Report of the Municipal Commissioner on the plague in Bombay for the year ending 31st May... - Volume 1
Disease focus: Plague
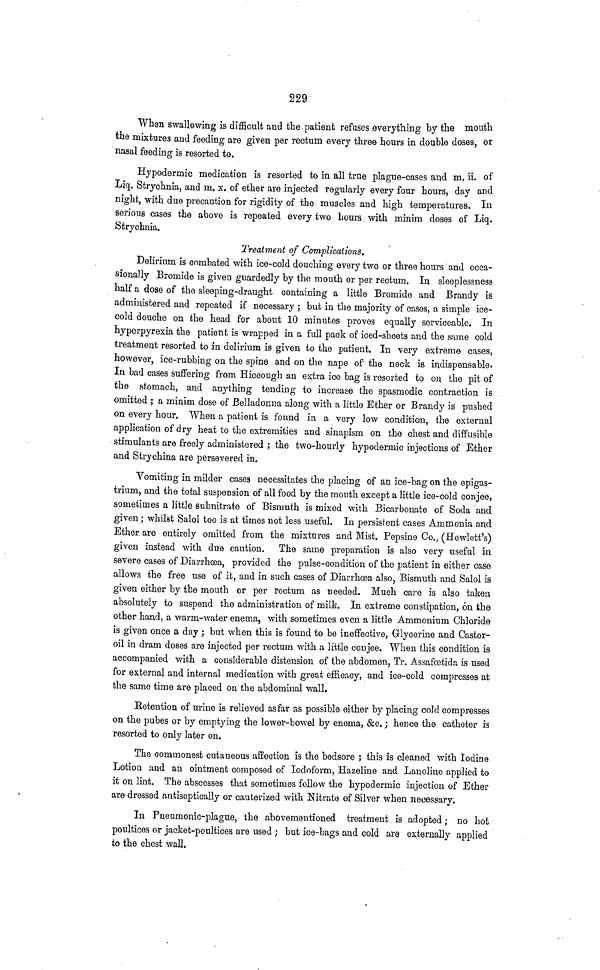
229
Whan swallowing is difficult and the patient refuses,everything by the mouth
the mixtures and feeding are given per rectum every three hours in double doses, or
nasal feeding is resorted to.
Hypodermic medication is resorted to in all true plague-cases and m. ii. of
Liq. Strychnia, and m. x. of ether are injected regularly every four hours, day and
night, with due precaution for rigidity of the muscles and high temperatures. In
serious cases the above is repeated every two hours with minim doses of Liq.
Strychnia.
Treatment of Complications.
Delirium is combated with ice-cold douching every two or three hours and occa-
sionally Bromide is given guardedly by the mouth or per rectum. In sleeplessness
half a dose of the sleeping-draught containing a little Bromide and Brandy is
administered and repeated if necessary; but in the majority of cases, a simple ice-
cold douche on the head for about 10 minutes proves equally serviceable. In
hyperpyrexia the patient is wrapped in a full pack of iced-sheets and the same cold
treatment resorted to in delirium is given to the patient. In very extreme cases,
however, ice-rubbing on the spine and on the nape of the neck is indispensable.
In bad cases suffering from Hiccough an extra ice bag is resorted to on the pit of
the stomach, and anything tending to increase the spasmodic contraction is
omitted; a minim dose of Belladonna along with a little Ether or Brandy is pushed
on every hour. When a patient is found in a very low condition, the external
application of dry heat to the extremities and sinapism on the chest and diffusible
stimulants are freely administered; the two-hourly hypodermic injections of Ether
and Strychina are persevered in.
Vomiting in milder cases necessitates the placing of an ice-bag on the epigas-
trium, and the total suspension of all food by the mouth except a little ice-cold conjee,
sometimes a little subnitrate of Bismuth is mixed with Bicarbonate of Soda and
given; whilst Salol too is at times not less useful. In persistent cases Ammonia and
Ether are entirely omitted from the mixtures and Mist. Pepsine Co., (Hewlett's)
given instead with due caution. The same preparation is also very useful in
severe cases of Diarrhœa, provided the pulse-condition of the patient in either case
allows the free use of it, and in such cases of Diarrhœa also, Bismuth and Salol is
given either by the mouth or per rectum as needed. Much care is also taken
absolutely to suspend the administration of milk. In extreme constipation, on the
other hand, a warm-water enema, with sometimes even a little Ammonium Chloride
is given once a day; but when this is found to be ineffective, Glycerine and Castor-
oil in dram doses are injected per rectum with a little conjee. When this condition is
accompanied with a considerable distension of the abdomen, Tr. Assafœtida is used
for external and internal medication with great efficacy, and ice-cold compresses at
the same time are placed on the abdominal wall.
Retention of urine is relieved as far as possible either by placing cold compresses
on the pubes or by emptying the lower-bowel by enema, &c.; hence the catheter is
resorted to only later on.
The commonest cutaneous affection is the bedsore; this is cleaned with Iodine
Lotion and an ointment composed of Iodoform, Hazeline and Lanoline applied to
it on lint. The abscesses that sometimes follow the hypodermic injection of Ether
are dressed antiseptically or cauterized with Nitrate of Silver when necessary.
In Pneumonic-plague, the abovementioned treatment is adopted; no hot
poultices or jacket-poultices are used; but ice-bags and cold are externally applied
to the chest wall.